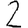
Digit: 2